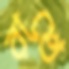
রাখে